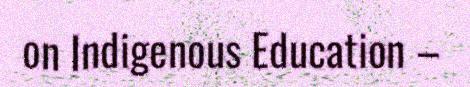
on Indigenous Education –